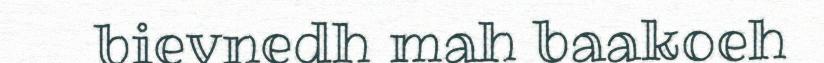
bievnedh mah baakoeh